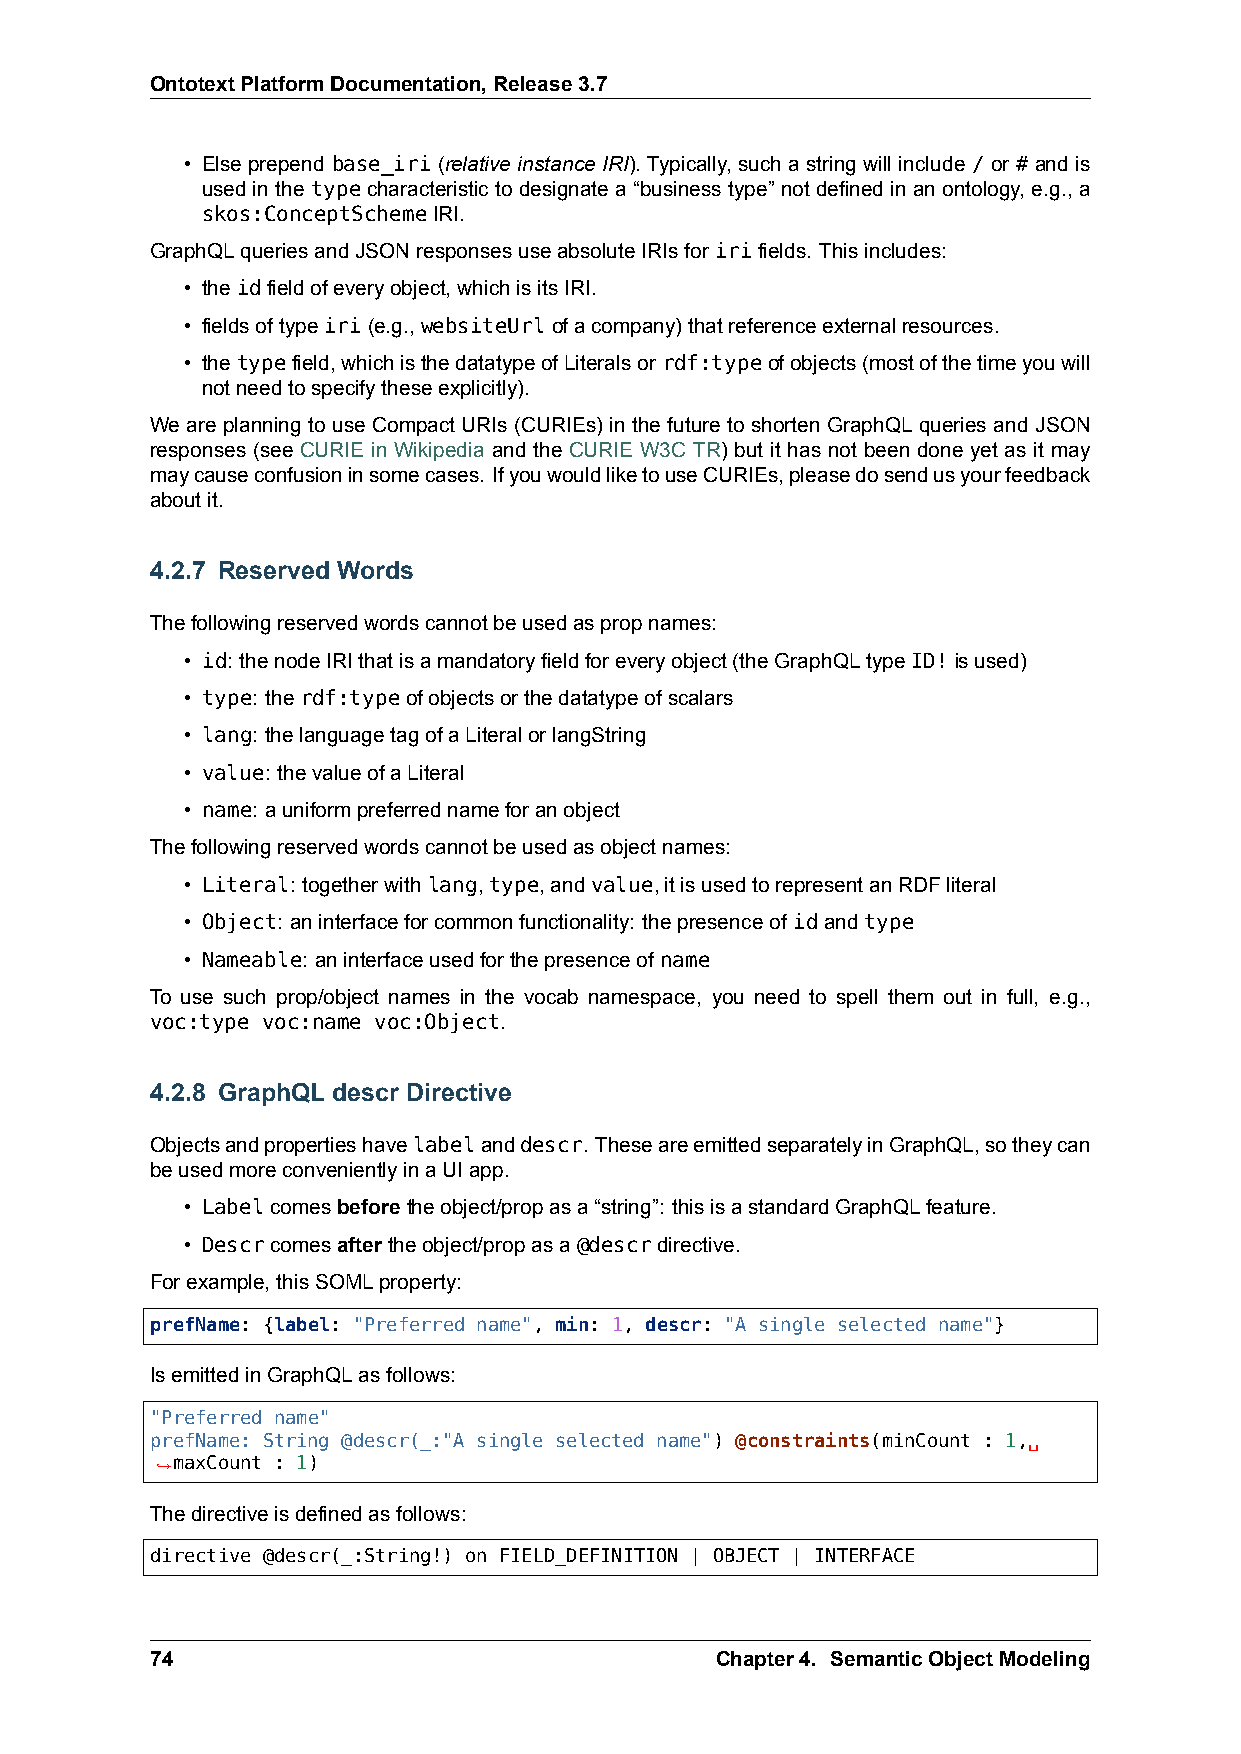
OntotextPlatformDocumentation,Release3.7
 • Else prepend base_iri (relative instance IRI). Typically, such a string will include / or # and is
 used in the type characteristic to designate a “business type” not defined in an ontology, e.g., a
 skos:ConceptSchemeIRI.
 GraphQLqueriesandJSONresponsesuseabsoluteIRIsforirifields. Thisincludes:
 • theidfieldofeveryobject,whichisitsIRI.
 • fieldsoftypeiri(e.g.,websiteUrlofacompany)thatreferenceexternalresources.
 • thetypefield,whichisthedatatypeofLiteralsorrdf:typeofobjects(mostofthetimeyouwill
 notneedtospecifytheseexplicitly).
 We are planning to use Compact URIs (CURIEs) in the future to shorten GraphQL queries and JSON
 responses (see CURIE in Wikipedia and the CURIE W3C TR) but it has not been done yet as it may
 maycauseconfusioninsomecases. IfyouwouldliketouseCURIEs,pleasedosendusyourfeedback
 aboutit.
 4.2.7 Reserved Words
 Thefollowingreservedwordscannotbeusedaspropnames:
 • id: thenodeIRIthatisamandatoryfieldforeveryobject(theGraphQLtypeID!isused)
 • type: therdf:typeofobjectsorthedatatypeofscalars
 • lang: thelanguagetagofaLiteralorlangString
 • value: thevalueofaLiteral
 • name: auniformpreferrednameforanobject
 Thefollowingreservedwordscannotbeusedasobjectnames:
 • Literal: togetherwithlang,type,andvalue,itisusedtorepresentanRDFliteral
 • Object: aninterfaceforcommonfunctionality: thepresenceof idandtype
 • Nameable: aninterfaceusedforthepresenceof name
 To use such prop/object names in the vocab namespace, you need to spell them out in full, e.g.,
 voc:type voc:name voc:Object.
 4.2.8 GraphQL descr Directive
 Objectsandpropertieshavelabelanddescr. TheseareemittedseparatelyinGraphQL,sotheycan
 beusedmoreconvenientlyinaUIapp.
 • Labelcomesbeforetheobject/propasa“string”: thisisastandardGraphQLfeature.
 • Descrcomesaftertheobject/propasa@descrdirective.
 Forexample,thisSOMLproperty:
 prefName: {label: "Preferred name", min: 1, descr: "A single selected name"}
 IsemittedinGraphQLasfollows:
 "Preferred name"
 prefName: String @descr(_:"A single selected name") @constraints(minCount : 1,␣
 ,→maxCount : 1)
 Thedirectiveisdefinedasfollows:
 directive @descr(_:String!) on FIELD_DEFINITION | OBJECT | INTERFACE
 74                                   Chapter4. SemanticObjectModeling